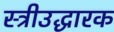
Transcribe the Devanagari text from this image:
स्त्रीउद्धारक